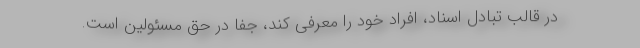
در قالب تبادل اسناد، افراد خود را معرفی کند، جفا در حق مسئولین است.